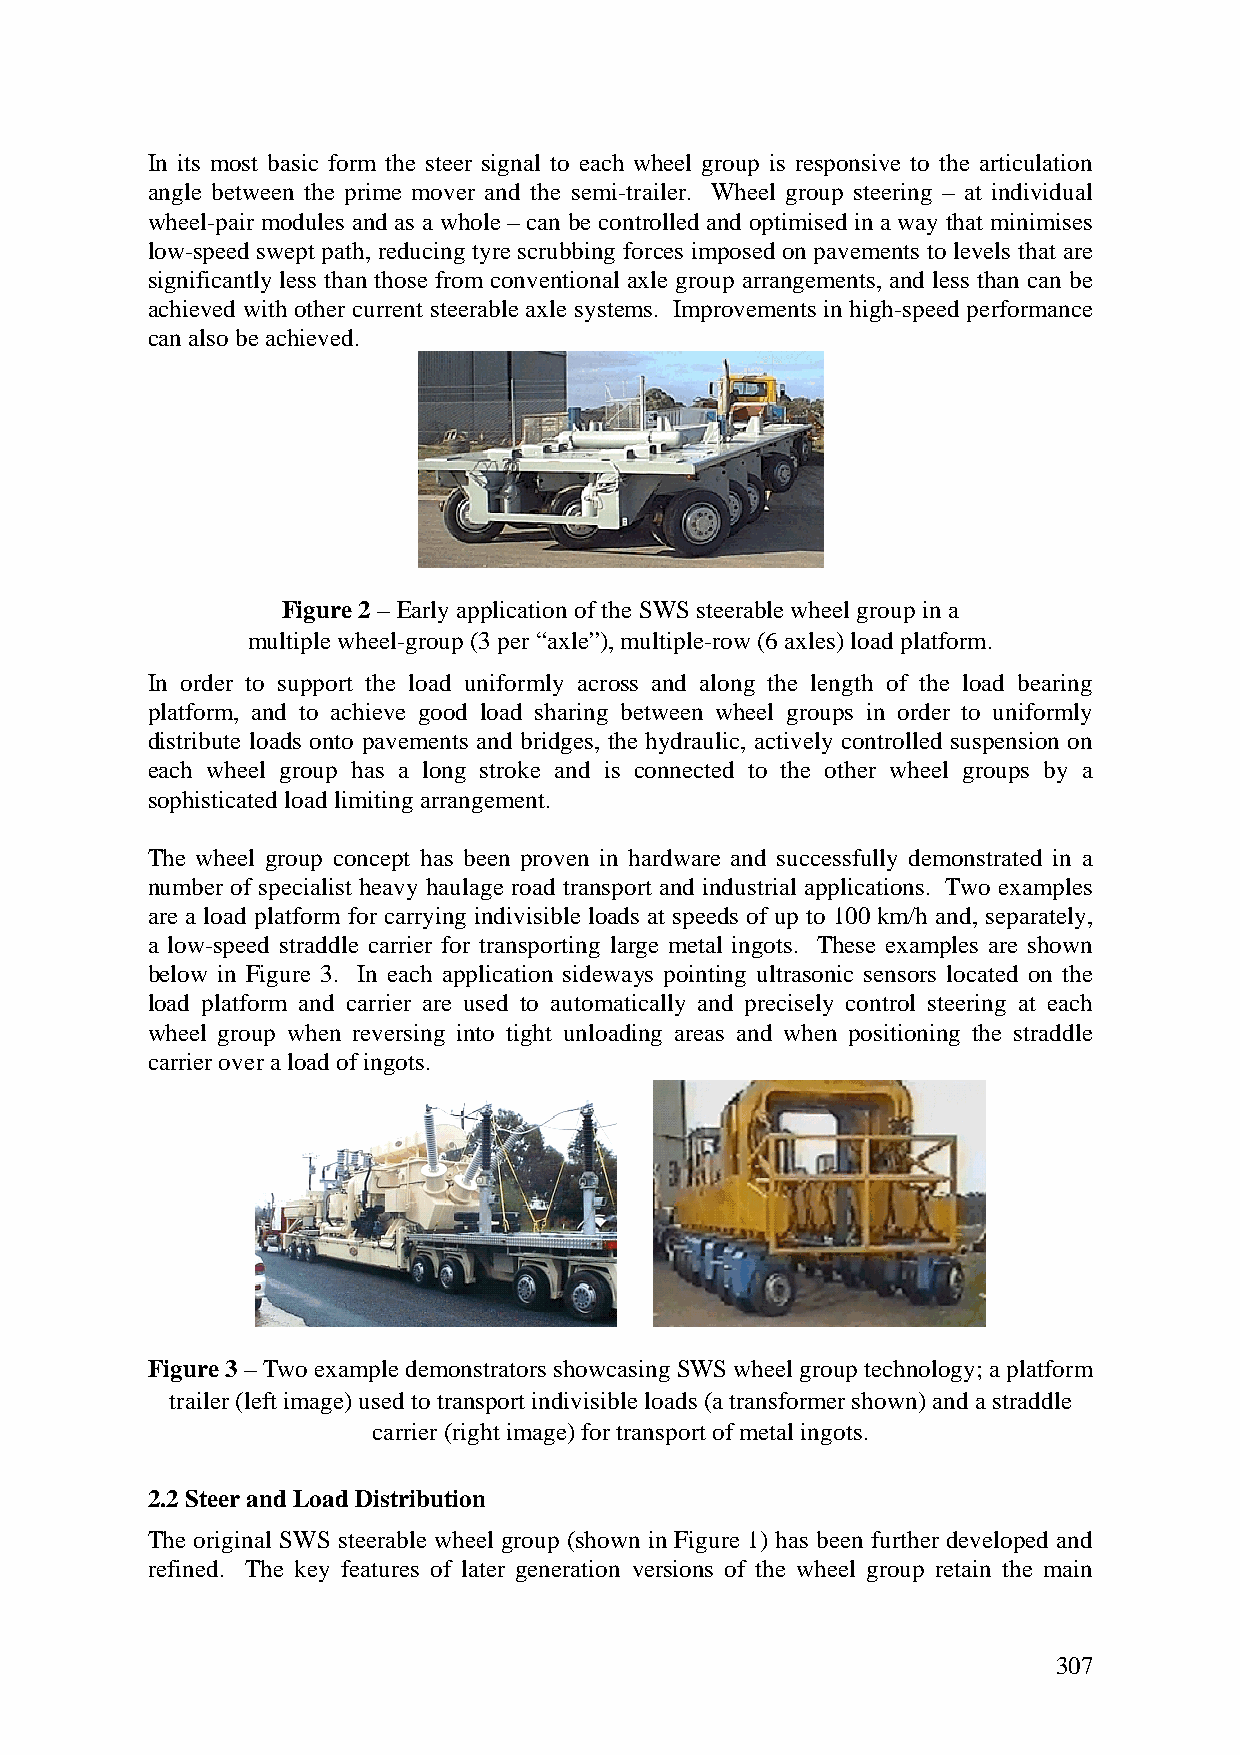
In its most basic form the steer signal to each wheel group is responsive to the articulation
 angle between the prime mover and the semi-trailer. Wheel group steering – at individual
 wheel-pair modules and as a whole – can be controlled and optimised in a way that minimises
 low-speed swept path, reducing tyre scrubbing forces imposed on pavements to levels that are
 significantly less than those from conventional axle group arrangements, and less than can be
 achieved with other current steerable axle systems. Improvements in high-speed performance
 can also be achieved.
 Figure 2 – Early application of the SWS steerable wheel group in a
 multiple wheel-group (3 per “axle”), multiple-row (6 axles) load platform.
 In order to support the load uniformly across and along the length of the load bearing
 platform, and to achieve good load sharing between wheel groups in order to uniformly
 distribute loads onto pavements and bridges, the hydraulic, actively controlled suspension on
 each wheel group has a long stroke and is connected to the other wheel groups by a
 sophisticated load limiting arrangement.
 The wheel group concept has been proven in hardware and successfully demonstrated in a
 number of specialist heavy haulage road transport and industrial applications. Two examples
 are a load platform for carrying indivisible loads at speeds of up to 100 km/h and, separately,
 a low-speed straddle carrier for transporting large metal ingots. These examples are shown
 below in Figure 3. In each application sideways pointing ultrasonic sensors located on the
 load platform and carrier are used to automatically and precisely control steering at each
 wheel group when reversing into tight unloading areas and when positioning the straddle
 carrier over a load of ingots.
 Figure 3 – Two example demonstrators showcasing SWS wheel group technology; a platform
 trailer (left image) used to transport indivisible loads (a transformer shown) and a straddle
 carrier (right image) for transport of metal ingots.
 2.2 Steer and Load Distribution
 The original SWS steerable wheel group (shown in Figure 1) has been further developed and
 refined. The key features of later generation versions of the wheel group retain the main
 307